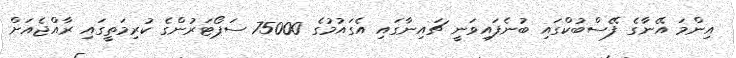
އިންމަ އޭނާގެ ފޭސްބުކްގައި ބުނެފައިވަނީ ޗައިނާގައި އެގައުމުގެ 75000 ސަޕޯޓަރުންގެ ކުރިމަތީގައި ރާއްޖެއަށް